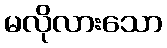
မလိုလားသော